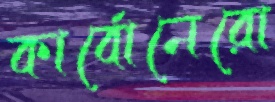
কার্বোনেরো